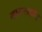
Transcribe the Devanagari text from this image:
मासरमणि